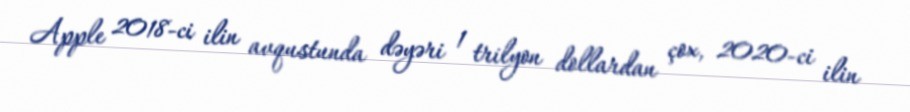
Apple 2018-ci ilin avqustunda dəyəri 1 trilyon dollardan çox, 2020-ci ilin